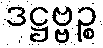
ဒဋ္ဌဗ္ဗဉ္စ